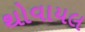
થોવાયલ